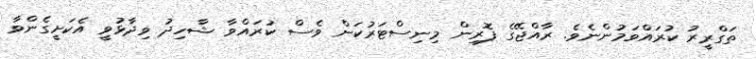
ތަގްރީރު ކުރައްވަމުންނެވެ. ރާއްޖޭގެ ފޮރިން މިނިސްޓަރުކަން ވެސް ކުރައްވާ ޝާހިދު ވިދާޅުވީ އެކަށީގެންވާ